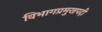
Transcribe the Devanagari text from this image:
विभागप्रमुखपदी